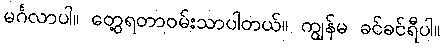
မင်္ဂလာပါ။ တွေ့ရတာဝမ်းသာပါတယ်။ ကျွန်မ ခင်ခင်ရီပါ။